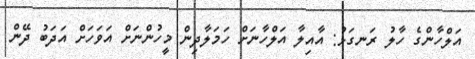
އަލްހާންގެ ހާލު ރަނގަޅު: އާއިލާ އަލްހާނަށް ހަމަލާދިން މީހުންނަށް އަވަހަށް އަދަބު ދޭން